system: You are a helpful assistant.
user:
Analyze the provided spectrum to determine if it is a **S-type Star**.

- **Key Indicators for S-type Star:**

    - **(Overall Spectrum Shape):** The first and most obvious characteristic is the overall continuum (the "baseline" shape). It is **extremely "red-sloping,"** meaning the flux (light intensity) is very low on the left side (blue, ~4000-4500 Å) and rises steeply and continuously toward the right side (red, ~7000 Å+).

    - **(Primary):** The spectrum is defined by the presence of strong, broad molecular absorption "valleys" (bands) from **Zirconium Oxide (ZrO)**. The identification of these bands is the **primary requirement** for classifying a star as S-type.
        - **(Key Bandheads):** You must find distinct, deep "dips" where the light has been absorbed. The most critical band systems to locate are:
            - **~6474 Å** ($\gamma$-system): This is often the strongest and clearest ZrO feature, found in the red part of the spectrum.
            - **~5718 Å** & **~5551 Å** ($\beta$-system): A pair of prominent absorption features in the yellow-orange part of the spectrum.
            - **~4640 Å** ($\alpha$-system): A key absorption band system in the blue-green region of the spectrum.

    - **(Secondary Confirmation):** The classification is strengthened by finding additional absorption bands from other related heavy element oxides, which are expected to be present alongside ZrO.
        - **(Key Bandheads):**
            - **Yttrium Oxide (YO):** Look for absorption dips near **~4800 Å** and **~6100 Å**.
            - **Lanthanum Oxide (LaO):** Additional absorption features, particularly in the red-orange part of the spectrum, are also characteristic.

    - **(Line Profile):** The combination of the steep red continuum and these numerous, deep molecular bands (ZrO, YO, etc.) gives the entire spectrum a very **"chopped-up"** or **"bumpy"** appearance. Instead of a smooth curve, the spectrum looks as though large, wide chunks of light have been "carved out" of it at the specific wavelengths listed above.

Think first, call **spectral_visualization_tool** if needed to examine features in detail, then provide your final answer. Your response must adhere to the following strict rules:
1.  **Overall Structure:** Your response must follow the format `<think>...</think> <tool_call>...</tool_call> (if a tool is used) <answer>...</answer>`.
2.  **Tool Usage Constraint:** You may only make **one** tool call per turn.
3.  **Final Answer Format:** In the `<answer>` tag, your conclusion must be inside a `\boxed{}` command (e.g., `\boxed{YES}` or `\boxed{NO}`), followed by your justification.

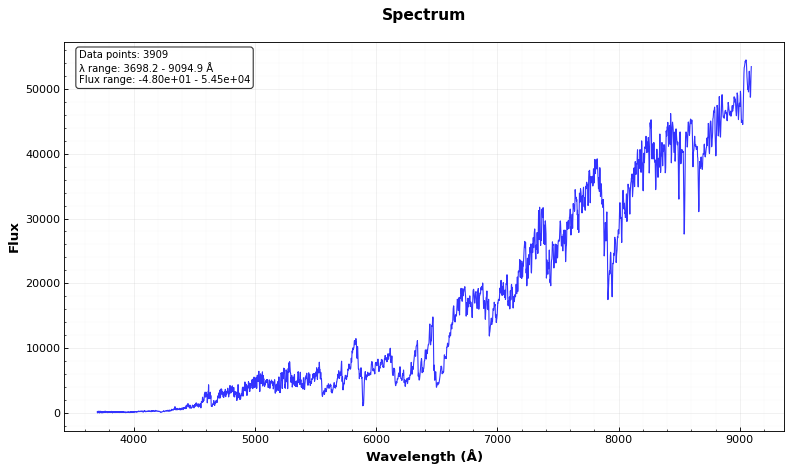
Answer: YES